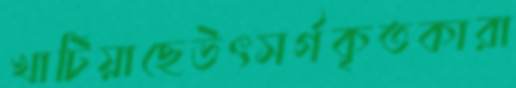
খাটিয়াছেউৎসর্গকৃতকারা